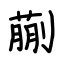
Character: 蒯